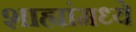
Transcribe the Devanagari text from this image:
शाह्यांमध्ये